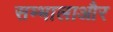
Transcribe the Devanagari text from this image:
सम्भालाऔर